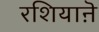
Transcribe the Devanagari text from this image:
रशियाऩॆ